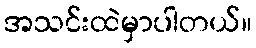
အသင်းထဲမှာပါတယ်။